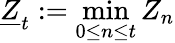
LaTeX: \underline{{Z}}_{t}:=\operatorname*{min}_{0\leq n\leq t}Z_{n}